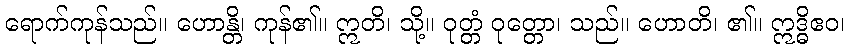
ရောက်ကုန်သည်။ ဟောန္တိ၊ ကုန်၏။ ဣတိ၊ သို့။ ဝုတ္တံ ဝုတ္တော၊ သည်။ ဟောတိ၊ ၏။ ဣဒ္ဓိဧဝ၊